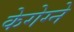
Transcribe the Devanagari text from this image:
केगेग्ने